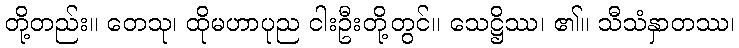
တို့တည်း။ တေသု၊ ထိုမဟာပုည ငါးဦးတို့တွင်။ သေဋ္ဌိဿ၊ ၏။ သီသံနှာတဿ၊